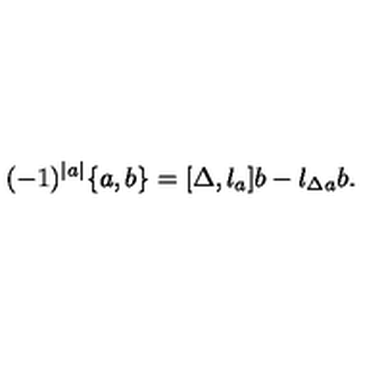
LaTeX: ( - 1 ) ^ { | a | } \{ a , b \} = { [ \Delta , l _ { a } ] } b - l _ { \Delta a } b .